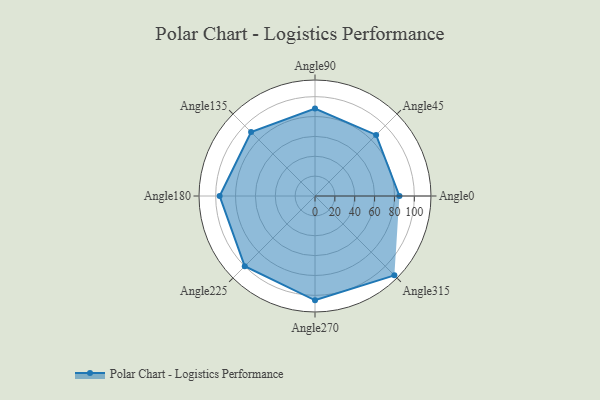
{"axis": {"x": "Angle", "y": "Radius"}, "legend": [""], "data": [{"x": "Angle0", "y": 85.0, "type": ""}, {"x": "Angle45", "y": 87.0, "type": ""}, {"x": "Angle90", "y": 88.0, "type": ""}, {"x": "Angle135", "y": 91.0, "type": ""}, {"x": "Angle180", "y": 96.0, "type": ""}, {"x": "Angle225", "y": 100.0, "type": ""}, {"x": "Angle270", "y": 105.0, "type": ""}, {"x": "Angle315", "y": 113.0, "type": ""}]}